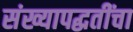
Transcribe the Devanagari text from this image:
संख्यापद्धतींचा